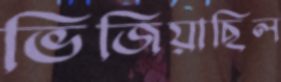
ভিজিয়াছিল